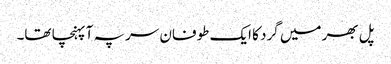
پل بھر میں گرد کا ایک طوفان سر پہ آ پہنچا تھا۔